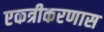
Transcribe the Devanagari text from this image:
एकत्रीकरणास